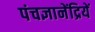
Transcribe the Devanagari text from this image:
पंचज्ञानेंद्रियें